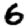
Digit: 6